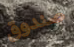
صندوق